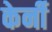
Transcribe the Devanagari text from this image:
केर्नी